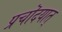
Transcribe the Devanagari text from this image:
प्रचॊदयात्